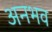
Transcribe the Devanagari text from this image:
अनभव